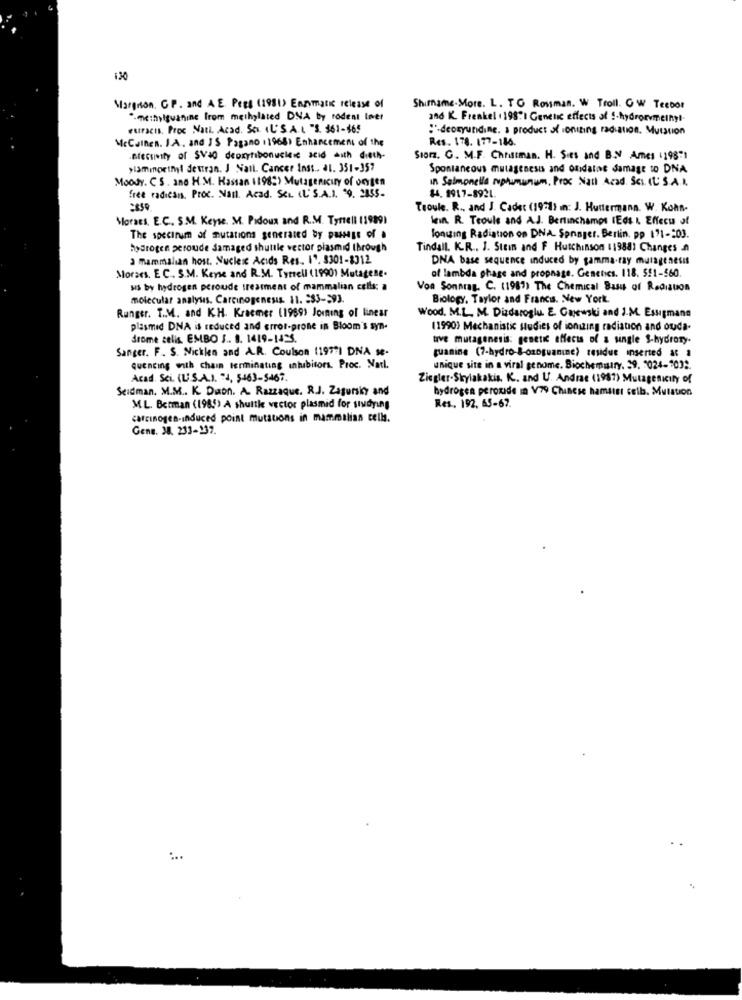
130
Margrson, GP. and A E Pees (1981) Enzymatic release of
Shirname.More. L. TO Rouman. W Troll. O W Tecbor
-methylguanine from methylated DNA by rodent Inver
and K. Frenkel . 198") Genetic effects of S-hydrorvmeiny !-
euracis. Proc Natl. Acad. Ses. (L'S .A.L "3. 361-86!
:- deoxyundine. a product of ionizing radiation. Mutation
McCulhen. I.A. and JS Pagano 11968) Enhancement of the
Res. 178. 177-186.
pressinity of sVED depryribonucle seid with dech.
Sior. G. M.F. Christman. H. Sies and BON Ames 4198"1
>Iaminpetnyi dettran. J Nail. Cancer Inss .. al. 351-357
Spontaneous mutagenesis and ofidalne damage to DNA
Moody. C S . ano H.M. Hassan (198:) Mutagenicury of orten
in Salmonella ruphimunum, Proc Natl Acad. Sci (L. S.A.A.
free radicais. Proc. Natt. Acad. SCL (L'S.A.I. 9. 2855-
84. 1917-8921.
Teoule. R ., and J. Cadet (1971) in: J. Huttermana. W. Kohn-
Moraes, E.C. S.M. Keyse. M. Pidous and R.M. Tyrrell (1989)
kein. R. Teoule and A.J. Bertinchamps (Eos & Effect of
The spectrum of mutations generated by passage of a
longing Radiation on DNA. Springer. Berlin. pp 171-203.
hydrogen peroude damaged shuttle vector plasmid through
Tindall. K.R ., 1. Stein and F Hutchinson 11988) Changes A
3 mammalian host. Nucleic Acids Res .. 19. 3301-8312
DNA base sequence induced by gamma-ray mutagenesis
of lambda phage and propnage. Genetics. 118. 5!1-560.
Moraes. EC .. S.M. Kene and R.M. Tyrrell (1990) Mutagene.
sis by hydrogen peroude treatment of mammalian cells: a
Von Sonntag. C. (1987) The Chemical Basu of Radiation
molecular analysis. Carcinogenesis. 11. 283-593.
Biology, Taylor and Francs. New York.
Rungsr. T.M. and KH. Kraemer (1989) Joining of linear
Wood. M.L ., M. Dizdaroglu & Gaycuski and J.M. Essigmane
plasmid DNA is reduced and error-prone in Bloom's syn-
(1990) Mechanistic studies of ionizing radiation and ouda-
drome celis. EMBO 3 .. 8. 1419-1435.
tuve mutagenesis: genetic effects of a single $-hydroxy.
Sanger. F. S. Nicklen and A.R. Coulson (19941 DNA se-
guanine (7-hydro-&-czoguanine) residue inserted as a
quencing with chain terminating intubitors. Proc. Natl.
unique site in a viral genome. Biochemistry. 39. "024-1032.
Acad. Sci. (U.S.A.I. "4, 5463-5467.
Ziegler-Skrylakakia. K ., and U. Andrae (1987) Mutagenicity of
Seidman. M.M .. K. Daon. A. Razzaque. R.J. Zagursky and
hydrogen peroxide in V79 Chinese hamster crib. Mutation
M.L. Berman (1985) A shuttle vector plasmid for studying
Res, 192, 65-67.
carcinogen-induced point mutations in mammalian cells.
Gene. 38. 233-137.